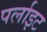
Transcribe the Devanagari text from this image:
पर्लाइट